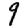
Digit: 9